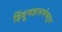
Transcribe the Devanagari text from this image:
हिंदूमहासभेकडून